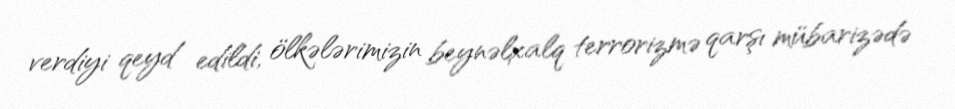
verdiyi qeyd edildi, ölkələrimizin beynəlxalq terrorizmə qarşı mübarizədə